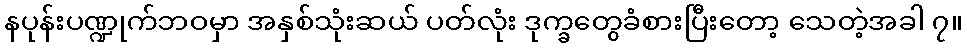
နပုန်းပဏ္ဍုက်ဘဝမှာ အနှစ်သုံးဆယ် ပတ်လုံး ဒုက္ခတွေခံစားပြီးတော့ သေတဲ့အခါ ၇။